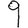
Digit: 9